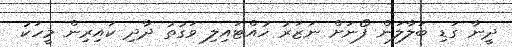
ދީނާ ގަޑި ބަލާލަން ފޯނަށް ނަޒަރު ހުއްޓައިލި ވަގުތު ދާދި ކައިރިން މީހަކު